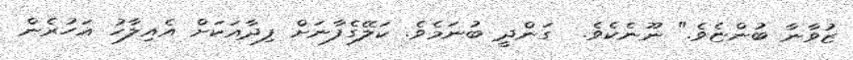
ޒުވާނާ ބުންޏެވެ." ނޫނެކެވެ.  ގަންދީ ބުނަމެވެ. ކަލޭގެފާނަށް ފިދާއަކަށް އެއިލާހު އަހުރެން